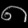
Digit: ၈